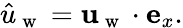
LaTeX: \hat{u}_{\mathrm{~w~}}=\mathbf{u}_{\mathrm{~w~}}\cdot\mathbf{e}_{x}.